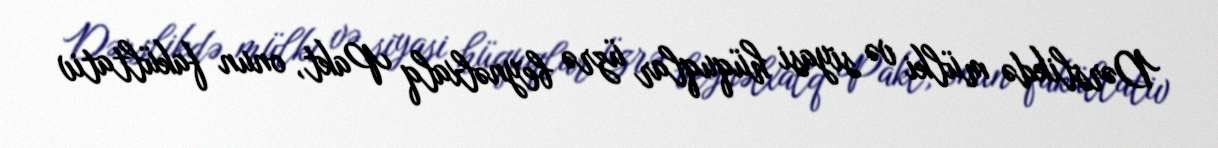
Dərslikdə mülki və siyasi hüquqlar üzrə beynəlxalq Pakt, onun fakültativ